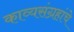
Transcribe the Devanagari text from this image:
काव्यसंग्रहांचे